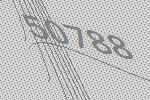
50788